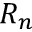
R _ { n }